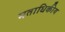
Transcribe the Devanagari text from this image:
मताधिकीय